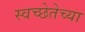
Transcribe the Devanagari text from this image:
स्वच्छेतेच्या